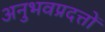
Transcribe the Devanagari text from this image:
अनुभवप्रदत्तों